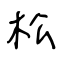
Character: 松